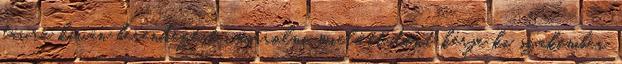
távra kíván berendezést vásárolni mielőtt dönt kérje ki szakember